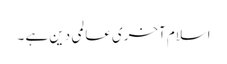
اسلام آخری عالمی دین ہے ۔